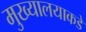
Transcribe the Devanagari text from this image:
मुख्यालयाकडे